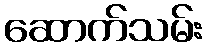
ဆောက်သမ်း